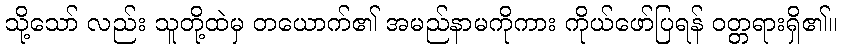
သို့သော် လည်း သူတို့ထဲမှ တယောက်၏ အမည်နာမကိုကား ကိုယ်ဖော်ပြရန် ဝတ္တရားရှိ၏။